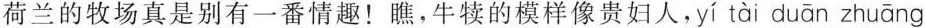
荷兰的牧场真是别有一番情趣！瞧，牛犊的模样像贵妇人 $$,yuu \overline{c}|t|t|uu \overline{O}| \cap \overrightarrow{O}| \cap \overrightarrow{O}|$$